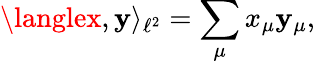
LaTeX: \langlex,\mathbf{y}\rangle_{\ell^{2}}=\sum_{\mu}x_{\mu}\mathbf{y}_{\mu},